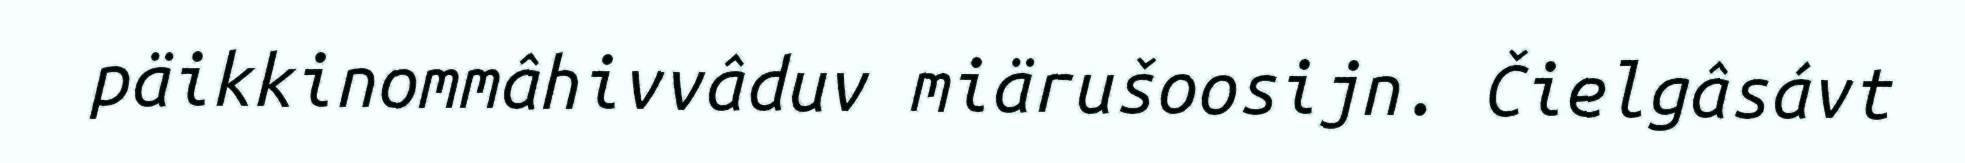
päikkinommâhivvâduv miärušoosijn. Čielgâsávt